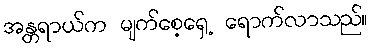
အန္တရာယ်က မျက်စေ့ရှေ့ ရောက်လာသည်။